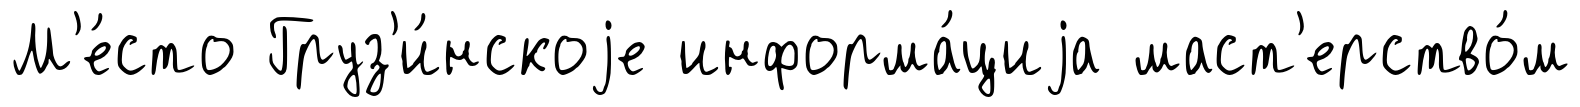
М'е́сто Груз'и́нскоjе информа́циjа маст'ерство́м